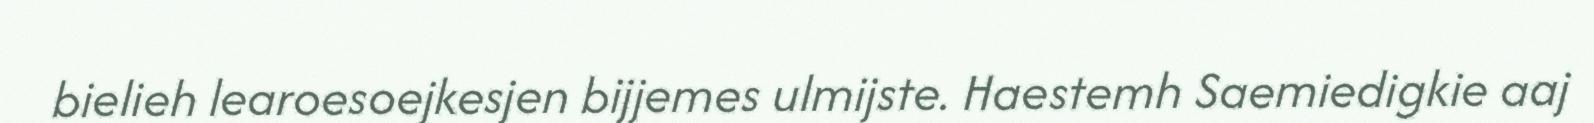
bielieh learoesoejkesjen bijjemes ulmijste. Haestemh Saemiedigkie aaj